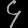
Digit: ၄